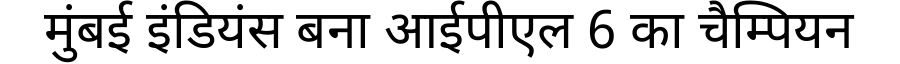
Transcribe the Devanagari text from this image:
मुंबई इंडियंस बना आईपीएल 6 का चैम्पियन